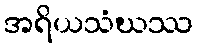
အရိယသံဃဿ